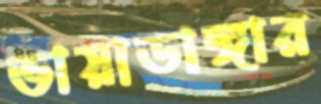
ভায়াডাঙ্গার